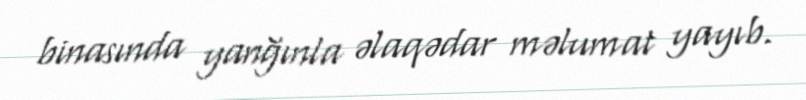
binasında yanğınla əlaqədar məlumat yayıb.